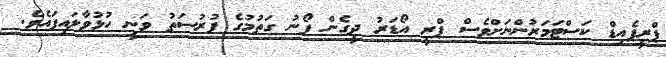
ޕްރީޕެއިޑް ކަސްޓަމަރުންނަށްވެސް ޕްރީ އޯޑަރު ދީގެން ފޯނު ގަތުމުގެ ފުރުސަތު ވަނީ ހުޅުވާލައިފައެވެ.